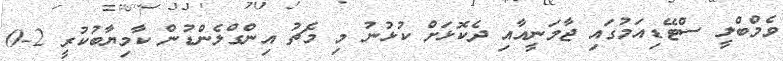
ވެމްބްލީ ސްޓޭޑިއަމުގައި ޖާމަނީއާއި ދެކޮޅަށް ކުޅުނު މި މެޗު އިންގްްލެންޑުން ކާމިޔާބުކުރީ 2-0